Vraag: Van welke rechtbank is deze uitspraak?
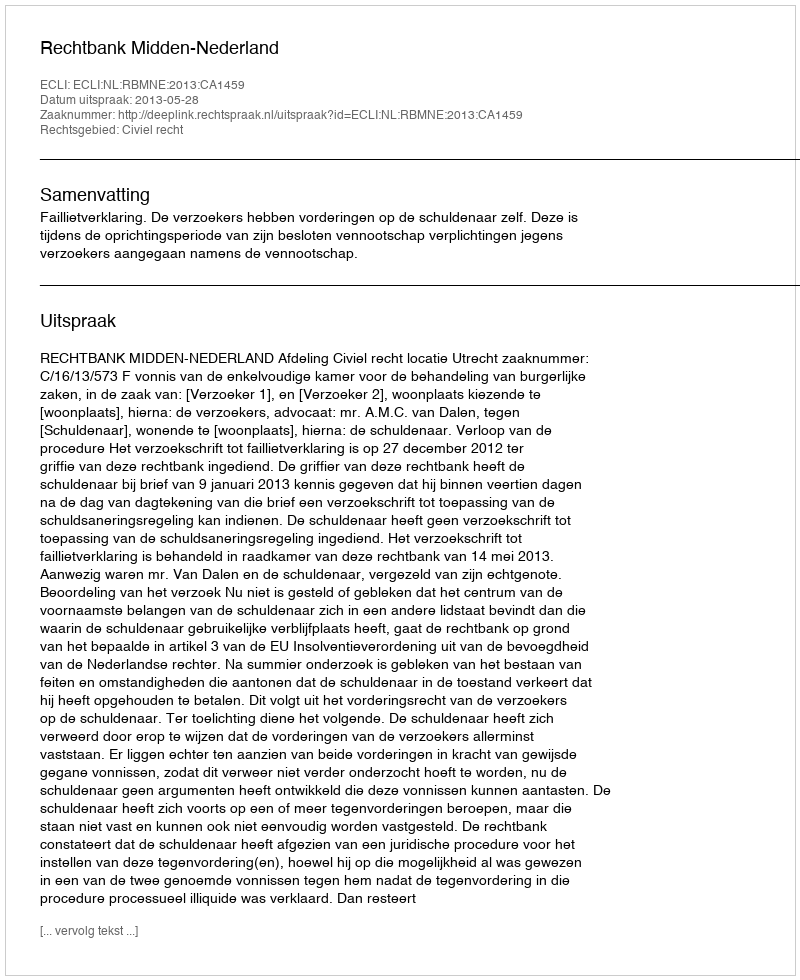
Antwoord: Rechtbank Midden-Nederland